Report on sanitation, dispensaries, and jails in Rajputana for 1914, and on vaccination for the year 1914-1915 - 1914-1915
Year: 1914
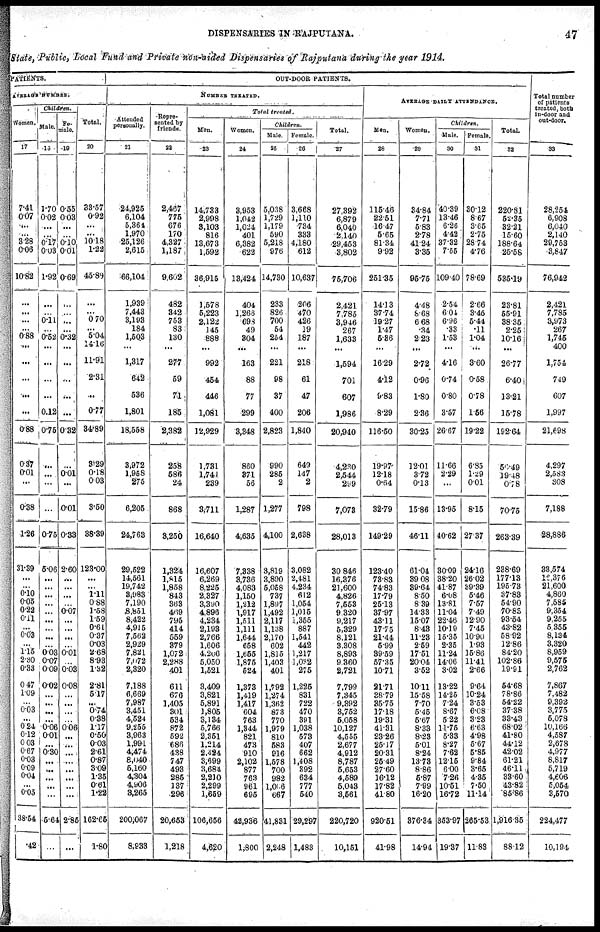
DISPENSARIES IN RAJPUTANA.
47
State, Public, Local Fund and Private non-aided Dispensaries of Rajputana during the year 1914.
PATIENTS.
AVERAGE NUMBER.
Woman.
17
7.41
0.07
...
... 3.28
0.06
10.82
...
...
...
... 0.88
...
...
...
...
...
0.88
0.37
0.01
...
0.38
1.26
31.39
...
...
0.10
0.05
0.22
0.11
...
0.03
...
1.15
2.30
0.33
0.47
1.09
...
0.03
...
0.24
0.12
0.03
0.67
0.03
0.09
0.04
...
0.05
38.54
.42
Children.
Male.
18
1.70
0.02
...
...
0.17
0.03
1.92
...
...
0.11
... 0.52
...
...
...
...
0.12
0.75
...
...
...
...
0.75
5.06
...
...
...
...
...
...
...
...
... 0.03
0.07
0.09
0.02
...
...
...
...
0.06
0.01
...
0.30
...
...
...
...
...
5.64
...
Fe-
male.
19
0.35
0.03
...
...
0.10
0.01
0.69
...
...
...
... 0.32
...
...
...
...
...
0.32
...
0.01
...
0.01
0.33
2.60
...
...
...
...
0.07
...
...
...
...
0.01
...
0.03
0.08
...
...
...
...
0.06
...
...
...
...
...
...
...
...
2.85
...
Total.
20
33.57
0.92
...
...
10.18
1.22
45.89
...
...
0.70
... 5.04
14.16
11.91
2.31
...
0.77
34.89
8.29
0.18
0.03
3.50
38.39
123.00
...
...
1.11
0.88
1.58
1.59
0.61
0.37
0.03
2.68
8.93
1.32
2.81
5.17
...
0.74
0.38
1.17
0.50
0.03
2.61
0.87
3.09
1.35
0.61
1.22
162.65
1.80
OUT-DOOR PATIENTS.
NUMBER TREATED.
Attended
personally.
21
24,925
6,104
5,364
1,970
25,126
2,615
66,104
1,939
7,443
3,193
184
1,503
...
1,317
642
536
1,801
18,558
3,972
1,958
275
6,205
24,763
29,522
14,561
19,742
3,983
7,190
8,851
8,422
4,915
7,562
2,929
7,821
7,072
2,320
7,188
6,669
7,987
3,451
4,524
9,255
3,963
1,991
4,474
8,040
5,160
4,304
4,906
3,265
200,067
8,933
Repre-
sented by
friends.
22
2,467
775
676
170
4,327
1,187
9,602
482
342
753
83
130
...
277
59
71
185
2,382
258
586
24
868
3,250
1,324
1,815
1,858
843
363
469
795
414
559
379
1,072
2,288
401
611
676
1,405
301
534
872
592
686
438
747
493
285
137
296
20,653
1,218
Total
treated.
Men.
23
14,733
2,998
3,103
816
13,673
1,592
36,915
1,578
5,223
2,122
145
888
...
992
454
446
1,081
12,929
1,731
1,741
239
3,711
16,640
16,607
6,269
8,225
2,327
3,390
4,896
4,234
2,193
2,766
1,606
4,206
5,050
1,521
3,409
3,821
5,891
1,805
3,134
5,766
2,351
1,214
2,424
3,699
3,684
2,210
2,299
1,659
106,656
4,620
Women.
24
3,953
1,042
1,024
401
6,382
622
13,424
404
1,266
698
49
304
...
163
88
77
299
3,348
860
371
56
1,287
4,635
7,338
3,736
4,083
1,150
1,212
1,917
1,511
1,111
1,644
658
1,655
1,875
524
1,373
1,419
1,417
604
763
1,344
821
473
910
2,102
877
763
961
695
42,936
1,800
Children.
Male.
25
5,038
1,729
1,179
590
5,218
976
14,730
233
826
700
54
254
...
221
98
37
400
2,823
990
285
2
1,277
4,100
3,819
3,890
5,058
737
1,897
1,492
2,117
1,138
2,170
602
1,815
1,403
401
1,792
1,274
1,362
873
770
1,979
810
583
916
1,578
700
982
1,006
667
41,831
2,248
Female.
26
3,668
1,110
734
333
4,180
612
10,637
206
470
426
19
187
...
218
61
47
206
1,840
640
147
2
798
2,638
3,082
2,481
4,234
612
1,054
1,015
1,355
887
1,541
442
1,217
1,032
275
1,225
831
722
470
391
1,038
573
407
662
1,408
392
634
777
540
29,297
1,483
Total.
27
27,392
6,879
6,040
2,140
29,453
3,802
75,706
2,421
7,785
3,946
267
1,633
...
1,594
701
607
1,986
20,940
4,230
2,544
299
7,073
28,013
30,846
16,376
21,600
4,826
7,553
9,320
9,217
5,329
8,121
3,308
8,893
9,360
2,721
7,799
7,345
9,392
3,752
5,058
10,127
4,555
2,677
4,912
8,787
5,653
4,589
5,043
3,561
220,720
10,151
AVERAGE DAILY ATTENDANCE.
Men.
28
115.46
22.51
16.47
5.65
81.34
9.92
251.35
14.13
37.74
19.27
1.47
5.36
...
16.29
4.12
9.83
8.29
116.50
19.97
12.18
0.64
32.79
149.29
123.40
73.83
74.83
17.79
25.13
37.97
43.11
17.75
21.44
5.99
39.59
57.35
10.71
21.71
38.79
35.75
17.18
19.31
41.31
23.26
25.17
20.31
25.49
27.60
16.12
17.82
41.80
920.51
41.98
Women.
29
34.84
7.71
5.83
2.78
41.24
3.35
95.75
4.48
8.68
6.68
.34
2.23
...
2.72
0.96
1.80
2.36
30.25
12.01
3.72
0.13
15.86
46.11
61.04
39.08
39.64
8.50
8.39
14.33
15.07
8.43
11.23
2.59
17.51
20.04
3.52
10.11
15.58
7.70
5.45
5.67
8.33
8.23
5.01
8.24
13.73
8.86
5.87
7.99
16.20
376.34
14.94
Children.
Male.
30
40.39
13.46
6.26
4.42
37.32
7.55
109.40
2.54
6.04
6.96
.33
1.53
...
4.16
0.74
0.80
3.57
26.67
11.66
2.29
...
13.95
40.62
30.09
38.20
41.87
6.08
13.81
11.04
22.46
10.19
15.35
2.35
11.24
14.06
3.02
13.22
14.25
7.24
8.67
5.22
11.75
5.33
8.27
7.62
12.15
6.00
7.26
10.51
16.72
353.97
19.37
Female.
31
30.12
8.67
3.65
2.75
28.74
4.76
78.69
2.68
3.45
5.44
.11
1.04
...
3.60
0.58
0.78
1.56
19.22
6.85
1.29
0.01
8.15
27.37
24.16
26.02
39.39
5.46
7.57
7.49
12.90
7.45
10.90
1.93
15.86
11.41
2.66
9.64
10.24
3.53
6.08
3.23
6.63
4.98
5.67
5.85
9.84
3.65
4.35
7.50
11.14
265.53
11.83
Total.
32
220.31
52.35
32.21
15.60
188.64
25.58
535.19
23.81
55.91
38.35
2.25
10.16
...
26.77
6.40
13.21
15.78
192.64
56.49
19.48
0.78
70.75
263.39
238.69
177.13
195.73
37.83
54.90
70.89
93.54
43.82
58.92
12.86
84.20
102.86
19.91
54.68
78.86
54.22
37.38
33.43
68.02
41.80
44.12
42.02
61.21
46.11
33.60
43.82
85.86
1,916.35
88.12
Total number
of patients
treated, both
in-door and
out-door.
33
28,254
6,908
6,040
2,140
29,753
3,847
76,942
2,421
7,785
3,973
267
1,745
400
1,754
749
607
1,997
21,698
4,297
2,583
308
7,188
28,886
33,574
18,376
21,600
4,860
7,585
9,354
9,255
5,355
8,134
3,320
8,959
9,575
2,762
7,867
7,482
9,392
3,775
5,078
10,166
4,587
2,678
4,977
8,817
5,719
4,606
5,054
3,570
224,477
10,194